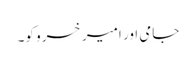
جامی اور امیر خسرو کو۔